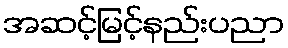
အဆင့်မြင့်နည်းပညာ